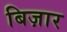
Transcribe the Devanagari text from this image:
बिज़ार